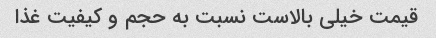
قیمت خیلی بالاست نسبت به حجم و کیفیت غذا